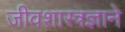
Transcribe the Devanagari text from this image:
जीवशास्त्रज्ञाने